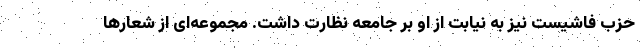
حزب فاشیست نیز به نیابت از او بر جامعه نظارت داشت. مجموعه‌ای از شعارها